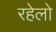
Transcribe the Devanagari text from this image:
रहेलो